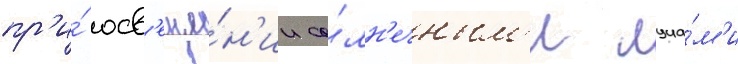
пр'и́ осв'еще́н'ии со́лн'ечным'и луча́м'и